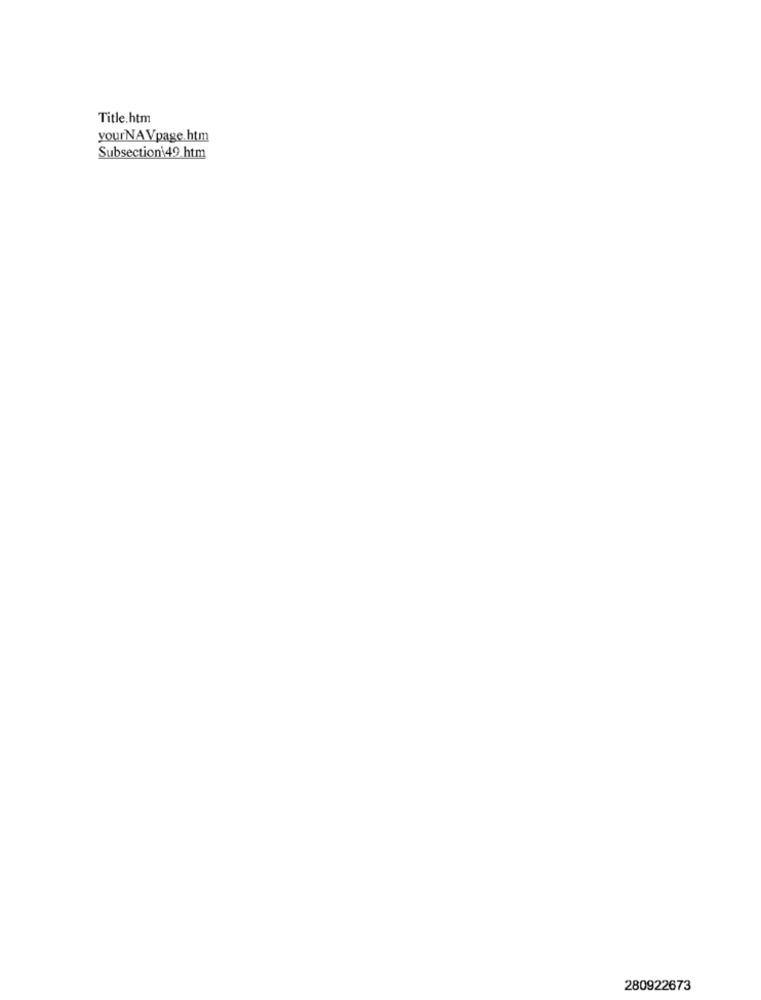
Title.htm
yourNA Vpage.htm
Subsection 49.htm
280922673